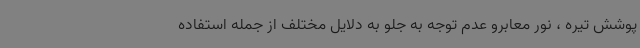
پوشش تیره ، نور معابرو عدم توجه به جلو به دلایل مختلف از جمله استفاده